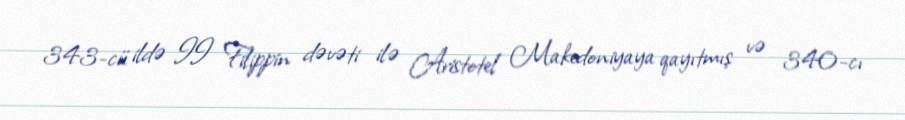
343-cü ildə II Filippin dəvəti ilə Aristotel Makedoniyaya qayıtmış və 340-cı